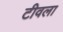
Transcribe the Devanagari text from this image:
टीवला